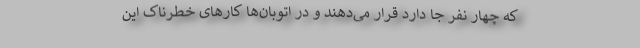
که چهار نفر جا دارد قرار می‌دهند و در اتوبان‌ها کارهای خطرناک این